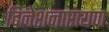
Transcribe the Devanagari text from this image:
दिनेशनारायण